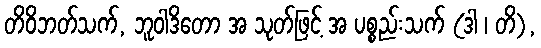
တိဝိဘတ်သက်, ဘူဝါဒိတော အ သုတ်ဖြင့် အ ပစ္စည်းသက် (ဒါ ၊ တိ),